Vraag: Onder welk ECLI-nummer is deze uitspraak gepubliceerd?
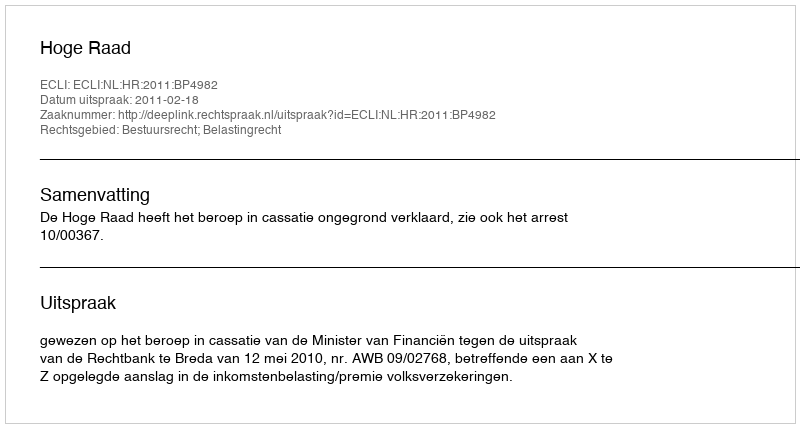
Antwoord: ECLI:NL:HR:2011:BP4982